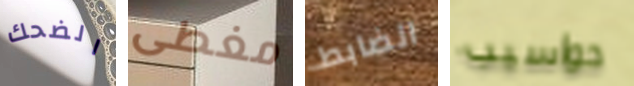
الضحك مغطى الضابط حواسيب